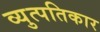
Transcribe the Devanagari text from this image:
व्युत्पतिकार